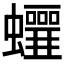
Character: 𧕁